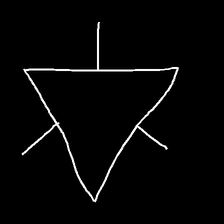
Glyph: fire